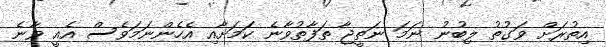
އިތުރަށް ވަގުތު ލިބުނު ނަމަ ނަތީޖާ ތަފާތުވާނެ ކަމަށާއި އެހެންނަމަވެސް އެއީ ވާނެ